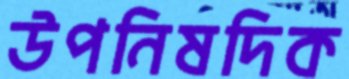
উপনিষদিক